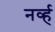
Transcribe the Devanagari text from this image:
नर्व्ह